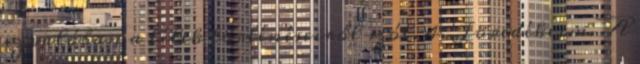
ez valóban a lélek történéseiről szól. 4. Töredékeim. A